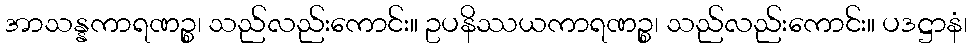
အာသန္နကာရဏဉ္စ၊ သည်လည်းကောင်း။ ဥပနိဿယကာရဏဉ္စ၊ သည်လည်းကောင်း။ ပဒဋ္ဌာနံ၊